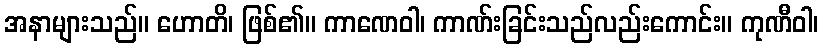
အနာများသည်။ ဟောတိ၊ ဖြစ်၏။ ကာဏေဝါ၊ ကာဏ်းခြင်းသည်လည်းကောင်း။ ကုဏီဝါ၊